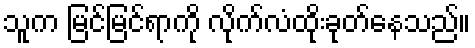
သူက မြင်မြင်ရာကို လိုက်လံထိုးခုတ်နေသည်။